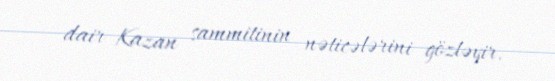
dair Kazan sammitinin nəticələrini gözləyir.